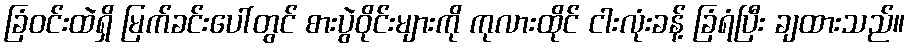
ခြံဝင်းထဲရှိ မြက်ခင်းပေါ်တွင် စားပွဲဝိုင်းများကို ကုလားထိုင် ငါးလုံးခန့် ခြံရံပြီး ချထားသည်။